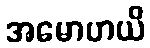
အမောဟယိ